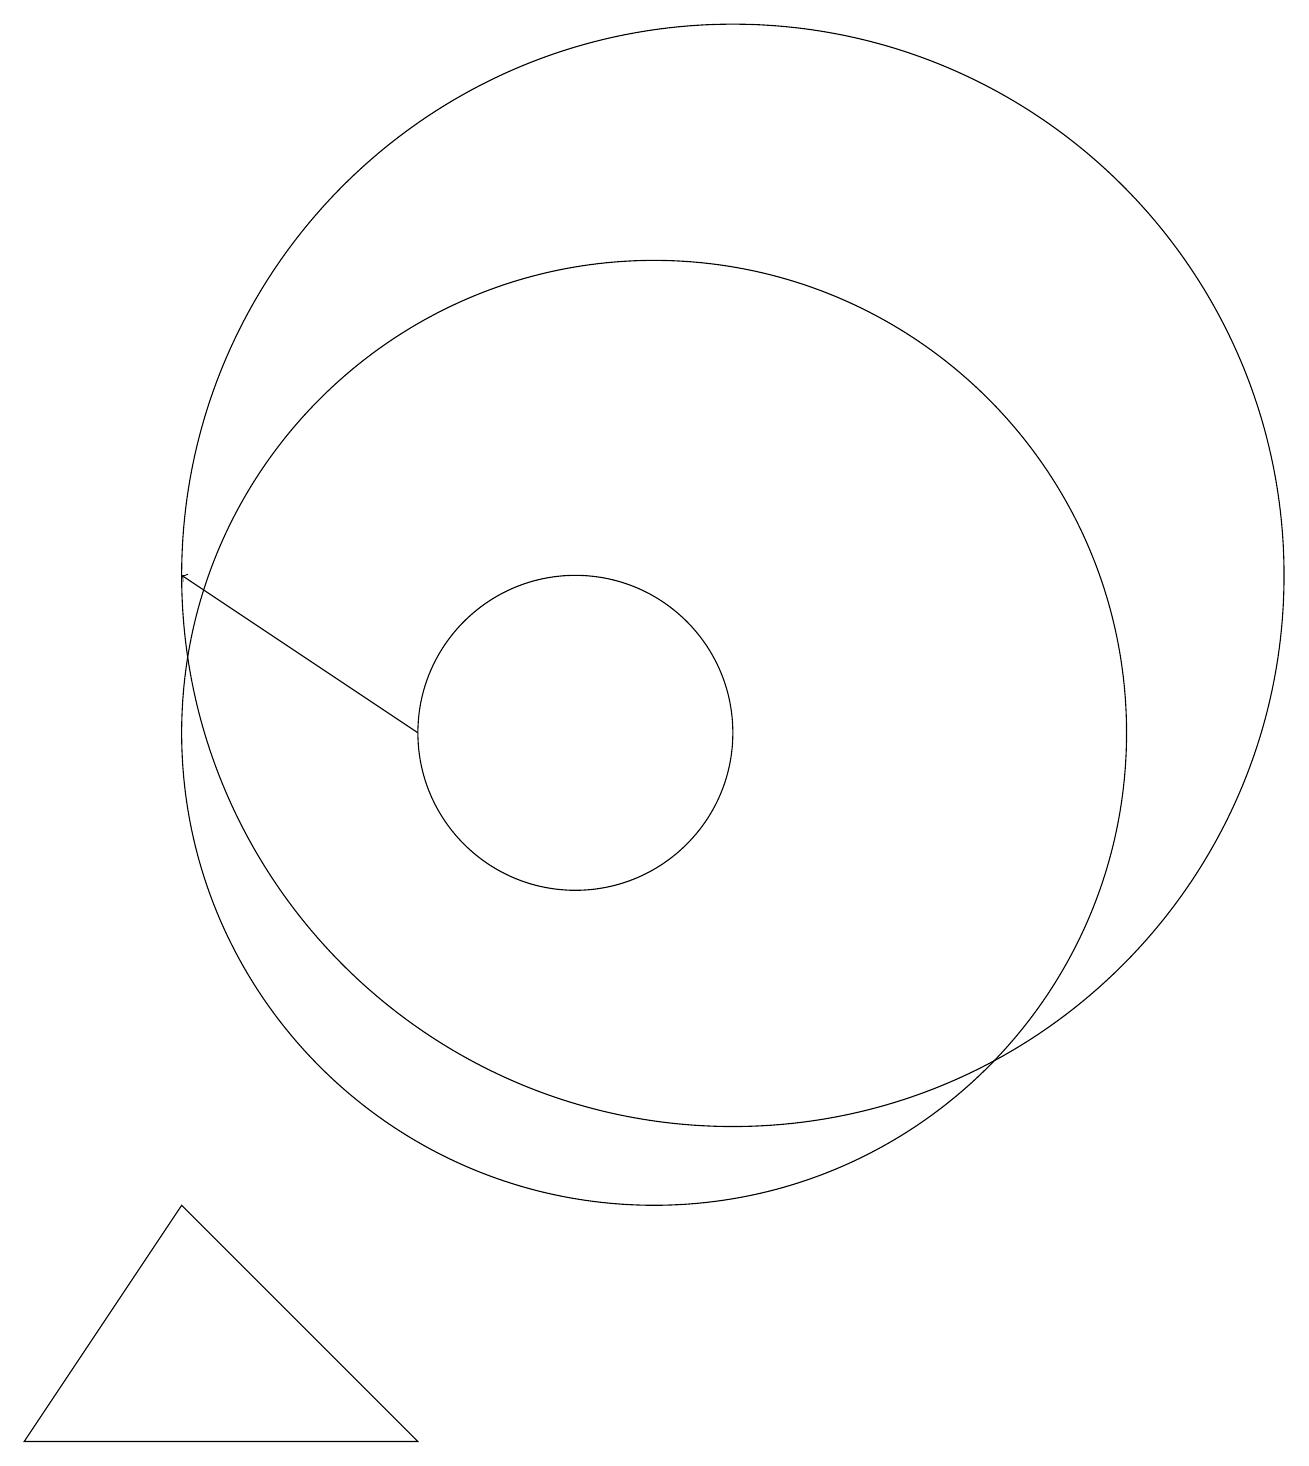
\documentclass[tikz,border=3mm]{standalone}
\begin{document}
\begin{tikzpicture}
\draw (10,10) circle (2);
\draw (11,10) circle (6);
\draw[->] (8,10) -- (5,12);
\draw (12,12) circle (7);
\draw (3,1) -- (5,4) -- (8,1) -- cycle;
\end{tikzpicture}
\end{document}